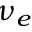
\nu _ { e }